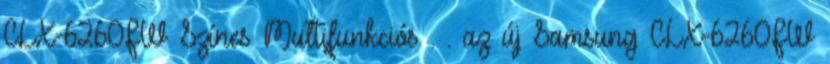
CLX-6260FW Színes Multifunkciós . . az új Samsung CLX-6260FW